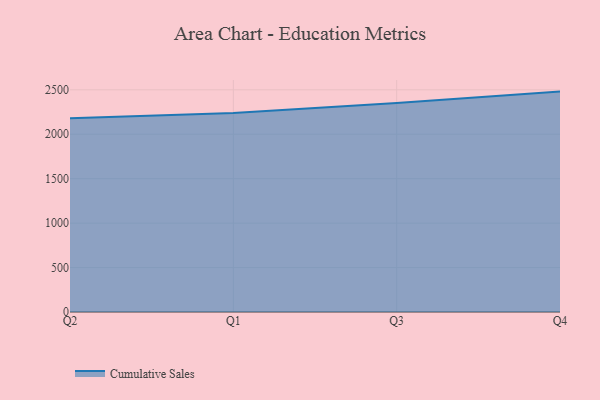
{"axis": {"x": "Quarter", "y": "Temperature (°C)"}, "legend": ["Cumulative Sales"], "data": [{"x": "Q2", "y": 2179.5, "type": "Cumulative Sales"}, {"x": "Q1", "y": 2237.8, "type": "Cumulative Sales"}, {"x": "Q3", "y": 2351.1, "type": "Cumulative Sales"}, {"x": "Q4", "y": 2479.8, "type": "Cumulative Sales"}]}